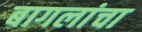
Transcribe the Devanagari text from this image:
बागलांचा